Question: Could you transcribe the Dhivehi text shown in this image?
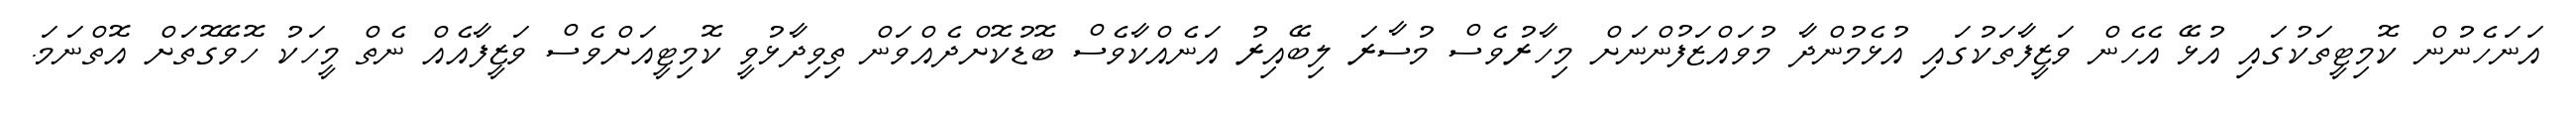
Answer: އަނަހެނުން ކޮމިޓީތަކުގައި އުޅޭ އެހެން ވަޒީފާތަކުގައި އުޅެމުންދާ މުވައްޒަފުންނަށް މިހާރުވެސް މުސާރަ ލިބޭއިރު އަނެއްކާވެސް ބޮޑުކޮށްދެއްވަން ތިވިދާޅުވީ ކޮމިޓީއަށްވެސް ވަޒީފާއެއް ނެތް މީހަކު ހޮވޭގޮތަށް އޮތްނަމަ.